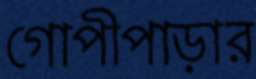
গোপীপাড়ার